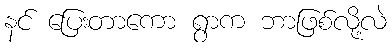
နင် ပြေးတာကော ရွာက ဘာဖြစ်လို့လဲ